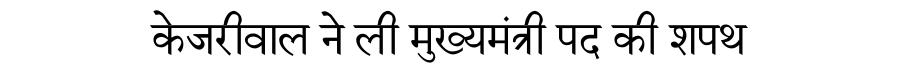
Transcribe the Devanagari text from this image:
केजरीवाल ने ली मुख्यमंत्री पद की शपथ